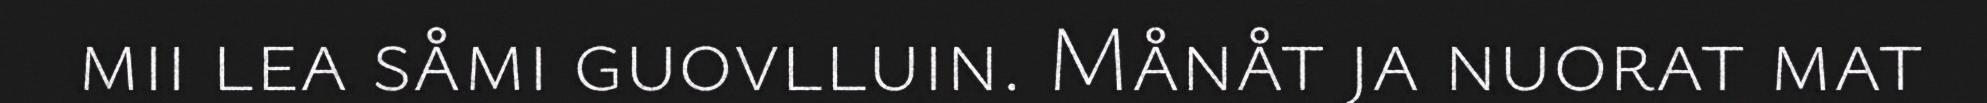
mii lea såmi guovlluin. Månåt ja nuorat mat